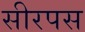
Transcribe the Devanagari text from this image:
सीरपस